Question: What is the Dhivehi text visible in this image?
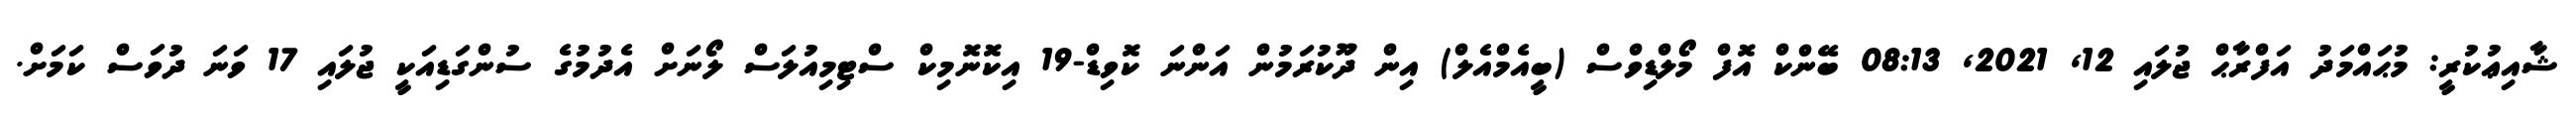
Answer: ޝާއިޢުކުރީ: މުޙައްމަދު އަފްރާޙް ޖުލައި 12, 2021, 08:13 ބޭންކް އޮފް މޯލްޑިވްސް (ބީއެމްއެލް) އިން ދޫކުރަމުން އަންނަ ކޮވިޑް-19 އިކޮނޮމިކް ސްޓިމިއުލަސް ލޯނަށް އެދުމުގެ ސުންގަޑިއަކީ ޖުލައި 17 ވަނަ ދުވަސް ކަމަށް.